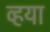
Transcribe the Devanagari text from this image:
व्हया